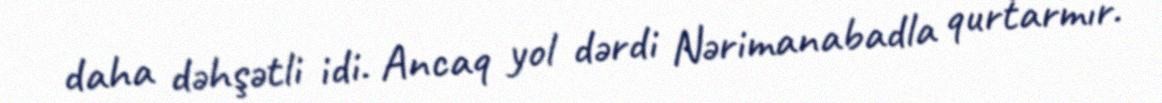
daha dəhşətli idi. Ancaq yol dərdi Nərimanabadla qurtarmır.